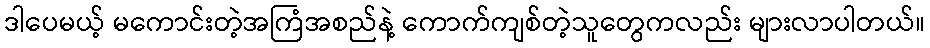
ဒါပေမယ့် မကောင်းတဲ့အကြံအစည်နဲ့ ကောက်ကျစ်တဲ့သူတွေကလည်း များလာပါတယ်။